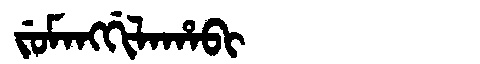
Manchu: ᠵᡠᠮᠠᠩᡤᡳᠯᠠᡥᠠᠪᡳ
Romanization: JUMANGGILAHABI